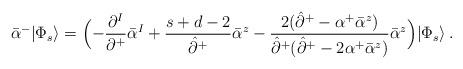
LaTeX: \begin{align*}\bar{\alpha}^-|\Phi_s\rangle=\Bigl(-\frac{\partial^I}{\partial^+}\bar{\alpha}^I+\frac{s+d-2}{\hat{\partial}^+}\bar{\alpha}^z-\frac{2(\hat{\partial}^+-\alpha^+\bar{\alpha}^z)}{\hat{\partial}^+(\hat{\partial}^+-2\alpha^+\bar{\alpha}^z)}\bar{\alpha}^z\Bigr)|\Phi_s\rangle\,.\end{align*}